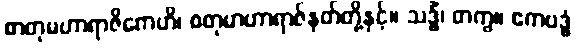
စာတုမဟာရာဇိကေဟိ၊ စတုမာဟာရာဇ်နတ်တို့နှင့်။ သဒ္ဓိံ၊ တကွ။ ဧကဗဒ္ဓံ